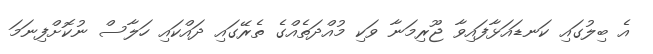
އެ ބިލުގައި ކަނޑައަޅާފައިވާ ޖޫރިމަނާ ވަކި މުއްދަތެއްގެ ތެރޭގައި ދައްކައި ހަލާސް ނުކޮށްފިނަމަ